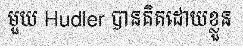
មួយ Hudler បានគិតដោយខ្លួន